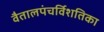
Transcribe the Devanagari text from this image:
वैतालपंचर्विशतिका